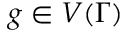
g \in V ( \Gamma )